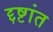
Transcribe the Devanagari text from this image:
द्दष्टांत